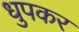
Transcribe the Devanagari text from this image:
धुपकर